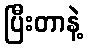
ပြီးတာနဲ့